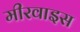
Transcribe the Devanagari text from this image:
मीरवाइस